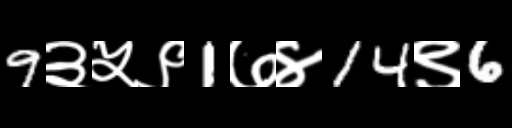
Text: 9३५९1७४14९6